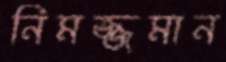
নিমজ্জমান